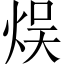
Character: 𤉇